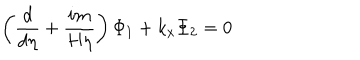
LaTeX: \left( \frac d { d \eta } + \frac { i m } { H \eta } \right) \Phi _ { 1 } + k _ { x } \Phi _ { 2 } = 0